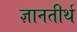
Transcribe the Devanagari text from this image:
ज्ञानतीर्थ